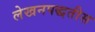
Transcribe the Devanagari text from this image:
लेखनपद्धतीस